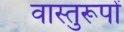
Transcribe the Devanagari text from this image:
वास्तुरूपों